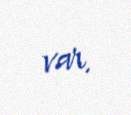
var.